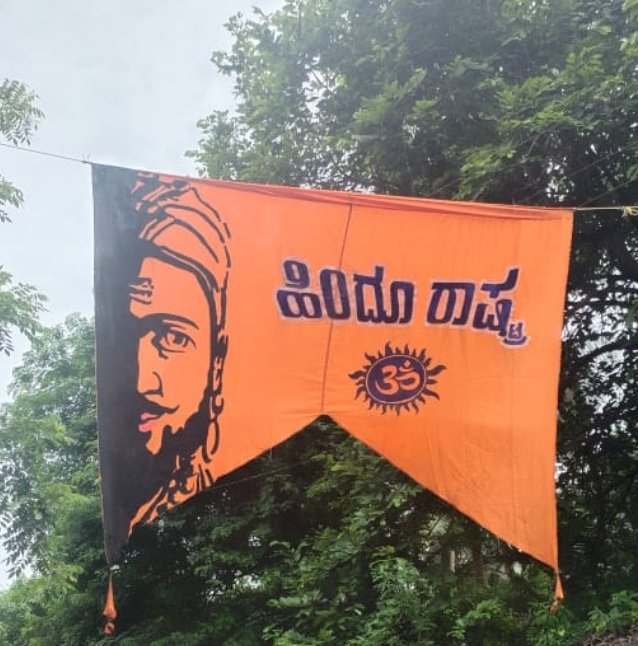
Language: kannada
Transcription: ಹಿಂದೂ ರಾಷ್ಟ್ರ